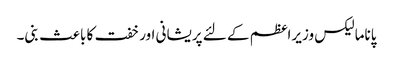
پاناما لیکس وزیراعظم کے لئے پریشانی اور خفت کا باعث بنی۔